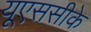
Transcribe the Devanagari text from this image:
यूएससीके